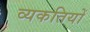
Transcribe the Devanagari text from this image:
व्यकतियों